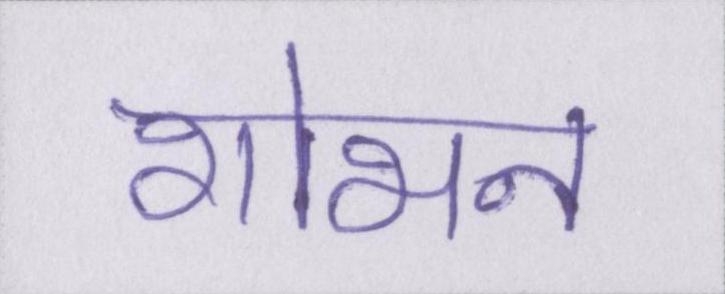
शोभन